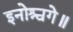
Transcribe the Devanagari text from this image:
इनोश्चगे॥